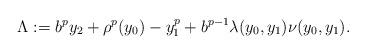
LaTeX: \begin{align*}\Lambda :=b^py_2+\rho ^p(y_0)-y_1^p+b^{p-1}\lambda (y_0,y_1)\nu (y_0,y_1). \end{align*}